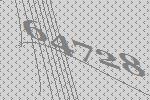
64728